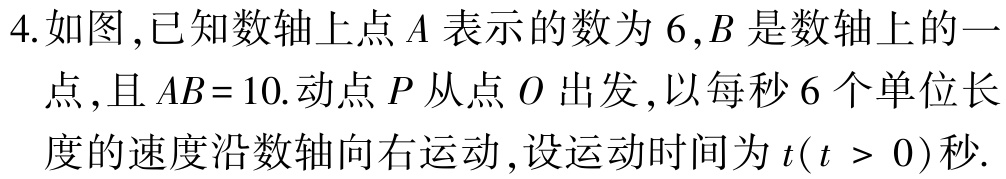
4. 如图 ,已知数轴上点\(A\)表示的数为\(6\),\(B\)是数轴上的一

点 ,且\(AB = 10\).动点\(P\)从点\(O\)出发 ,以每秒\(6\)个单位长

度的速度沿数轴向右运动 ,设运动时间为\(t(t > 0)\)秒.